Vaccine operations Central Provinces 1900-1911 - 1900-1911
Year: 1900
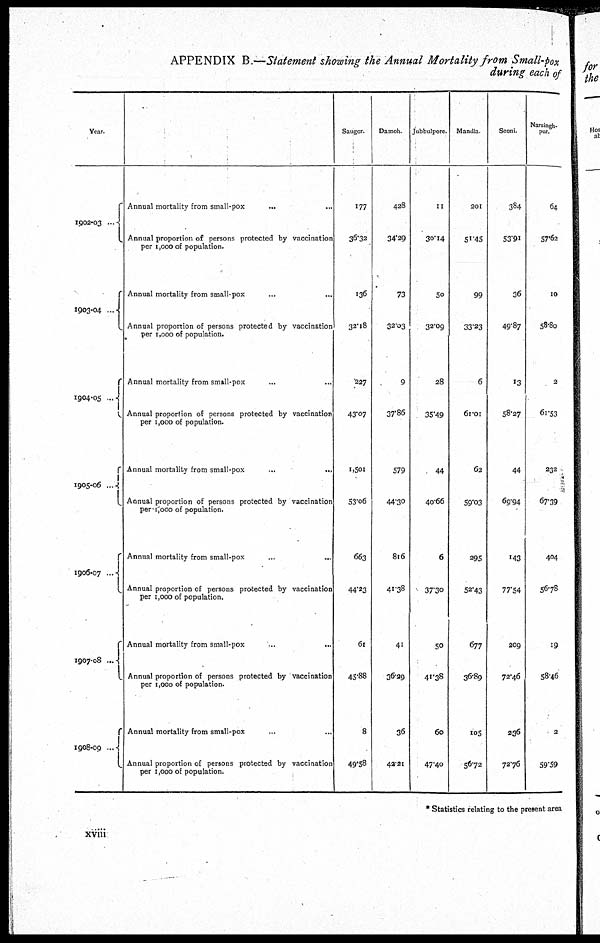
APPENDIX B.—Statement showing the Annual Mortality from Small-pox
during each of
Year.
1902-03 ...
1903-04 ...
1904-05 ...
1905-06...
1906-07 ...
1907-08 ...
1908-09 ...
Annual mortality from small-pox
... ...
Annual proportion of persons protected by vaccination
per 1,000 of population.
Annual mortality from small-pox ... ...
Annual proportion of persons protected by vaccination
per 1,000 of population.
Annual mortality from small-pox ... ...
Annual proportion of persons protected by vaccination
per 1,000 of population.
Annual mortality from small-pox
...
...
Annual proportion of persons protected by vaccination
per 1,000 of population.
Annual mortality from small-pox ... ...
Annual proportion of persons protected by vaccination
per 1,000 of population.
Annual mortality from small-pox
...
...
Annual proportion of persons protected by vaccination
per 1,000 of population.
Annual mortality from small-pox ... ...
Annual proportion of persons protected by vaccination
per 1,000 of population.
Saugor.
177
36.32
136
32.18
227
43.07
1,501
53.06
663
44.23
61
45.88
8
49.58
Damoh.
428
34.29
73
32.03
9
37.86
579
44.30
816
41.38
41
36.29
36
42.21
Jubbulpore.
11
30.14
50
32.09
28
35.49
44
40.66
6
37.30
50
41.38
60
47.40
Mandla.
201
51.45
99
33.23
6
61.01
62
59.03
295
52.43
677
36.89
105
56.72
Seom.
384
53.91
36
49.87
13
58.27
44
69.94
143
77.54
209
72.46
236
72.76
Narsingh¬
pur
64
57.62
10
58.80
2
61.53
232
67.39
404
56.78
19
58.46
2
59.59
* Statistics relating to the present area
xviii